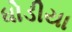
ધોડીયા